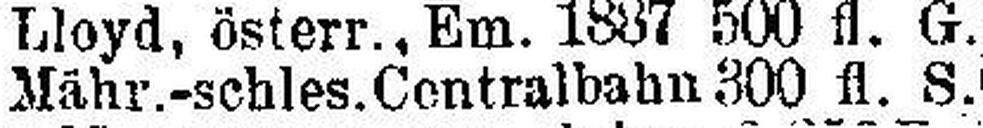
Mähr.-schles. Centralbahn 300 fl. S.